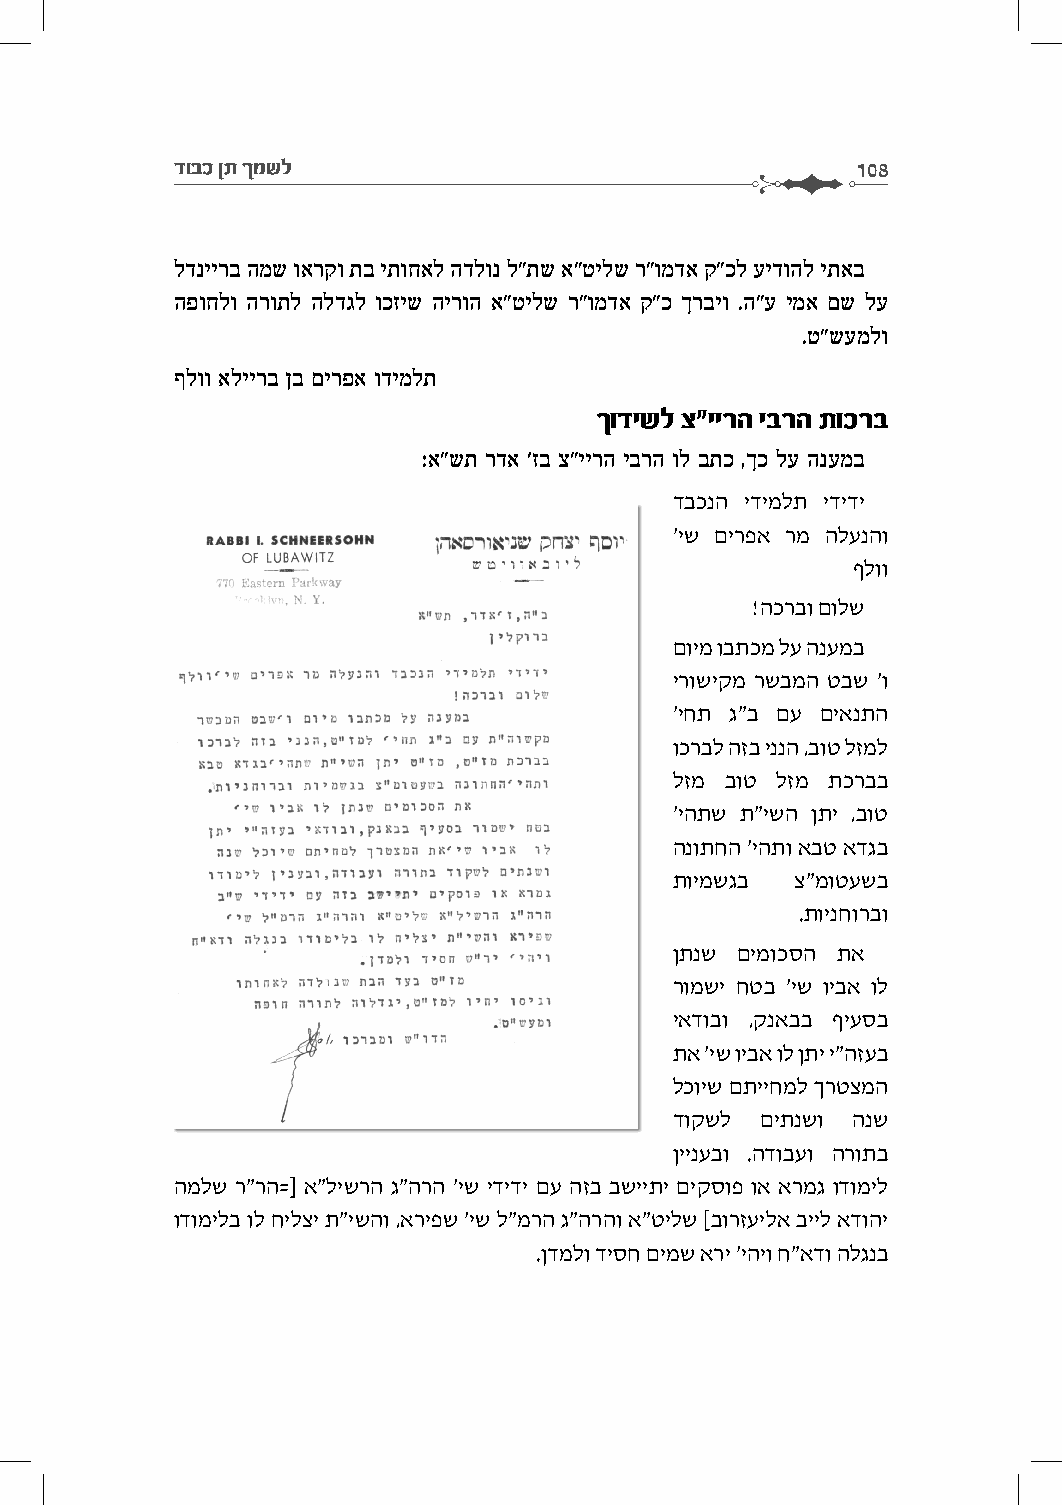
דובכ ןת ךמשל                                  108
 לדניירב המש וארקו תב יתוחאל הדלונ ל"תש א"טילש ר"ומדא ק"כל עידוהל יתאב
 הפוחלו הרותל הלדגל וכזיש הירוה א"טילש ר"ומדא ק"כ ךרביו .ה"ע ימא םש לע
 .ט"שעמלו
 ףלוו אליירב ןב םירפא ודימלת
 ךודישל צ"יירה יברה תוכרב
 :א"שת רדא 'זב צ"יירה יברה ול בתכ ,ךכ לע הנעמב
 דבכנה ידימלת ידידי
 'יש םירפא רמ הלענהו
 ףלוו
 !הכרבו םולש
 םוימ ובתכמ לע הנעמב
 ירושיקמ רשבמה טבש 'ו
 'יחת ג"ב םע םיאנתה
 וכרבל הזב יננה ,בוט לזמל
 לזמ בוט לזמ תכרבב
 'יהתש ת"ישה ןתי ,בוט
 הנותחה 'יהתו אבט אדגב
 תוימשגב צ"מוטעשב
 .תוינחורבו
 ןתנש םימוכסה תא
 רומשי חטב 'יש ויבא ול
 יאדובו ,קנאבב ףיעסב
 תא 'יש ויבא ול ןתי י"הזעב
 לכויש םתייחמל ךרטצמה
 דוקשל םיתנשו הנש
 ןיינעבו .הדובעו הרותב
 המלש ר"רה=] א"לישרה ג"הרה 'יש ידידי םע הזב בשייתי םיקסופ וא ארמג ודומיל
 ודומילב ול חילצי ת"ישהו ,אריפש 'יש ל"מרה ג"הרהו א"טילש [בורזעילא בייל אדוהי
 .ןדמלו דיסח םימש ארי 'יהיו ח"אדו הלגנב